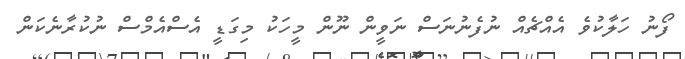
ފޯނު ހަލާކުވެ އެއްޗެއް ނުފެނުނަސް ނަވީން ނޫން މީހަކު މިގަޑީ އެސްއެމްސް ނުކުރާނެކަން